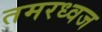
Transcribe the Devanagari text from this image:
तमरध्वज